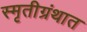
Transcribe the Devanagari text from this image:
स्मृतीग्रंथात